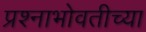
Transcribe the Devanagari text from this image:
प्रश्नाभोवतीच्या